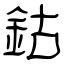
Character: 鈷